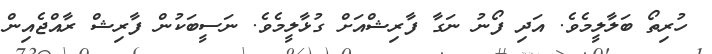
ހުރިތޯ ބަލާލީމެވެ. އަދި ފޯނު ނަގާ ފާރިޝްއަށް ގުޅާލީމެވެ. ނަސީބަކުން ފާރިޝް ރާއްޖެއިން